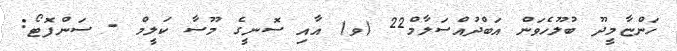
ހަންޏާމީދޫ ބުލޫހެވަން އަބްދުއްސަލާމް22 (ވ) އާއި ސޮނީގެ މޫސާ ކަލީމް - ސަންފޮޓޯ: